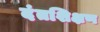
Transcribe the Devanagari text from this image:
दंतशिक्षण